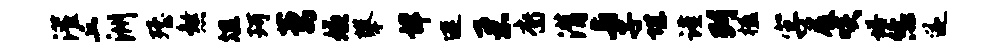
灌丘洲殪煞俎珂萋嫌攀详连柔裔潸与子堪谨列楹字屐啖塔恁遂